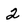
Character: 2